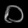
Digit: ၀